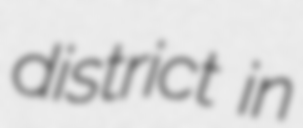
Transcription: district in